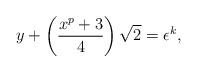
LaTeX: \begin{align*}y+\left(\frac{x^p+3}{4} \right) \sqrt{2} =\epsilon^{k},\end{align*}